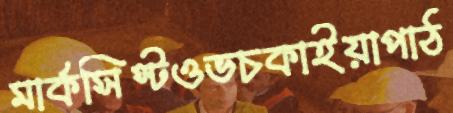
মার্কসিস্টওভচকাইয়াপাঠ